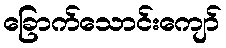
ခြောက်သောင်းကျော်